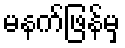
မနက်ဖြန်မှ